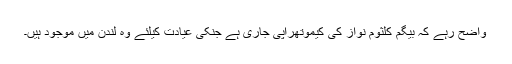
واضح رہے کہ بیگم کلثوم نواز کی کیموتھراپی جاری ہے جنکی عیادت کیلئے وہ لندن میں موجود ہیں۔